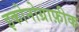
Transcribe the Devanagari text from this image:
इकोनोग्राफ़ीक